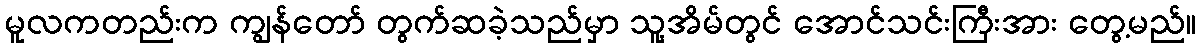
မူလကတည်းက ကျွန်တော် တွက်ဆခဲ့သည်မှာ သူ့အိမ်တွင် အောင်သင်းကြီးအား တွေ့မည်။